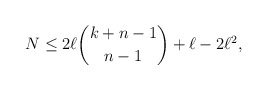
\begin{align*}N \le 2 \ell \binom{k+n-1}{n-1} + \ell - 2 \ell^2,\end{align*}